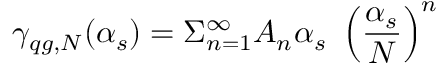
\gamma _ { q g , N } ( \alpha _ { s } ) = \Sigma _ { n = 1 } ^ { \infty } A _ { n } \alpha _ { s } \ \left( \frac { \alpha _ { s } } { N } \right) ^ { n }